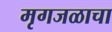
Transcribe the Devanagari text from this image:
मृगजळाचा